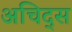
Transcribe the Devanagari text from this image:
अचिद्स